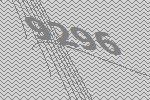
9296